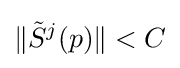
\|{\tilde {S}}^{j}(p)\|<C